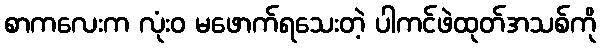
စာကလေးက လုံးဝ မဖောက်ရသေးတဲ့ ပါကင်ဖဲထုတ်အသစ်ကို